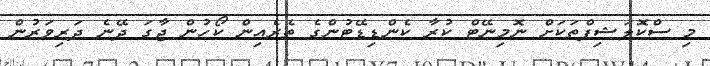
މި ސްކޮލަޝިޕްތަކަށް ނޮމިނޭޓް ކުރާ ކެންޑިޑޭޓުންގެ ތެރެއިން ކޯހުން ޖާގަ ދޭނެ ދަރިވަރުން